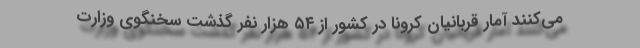
می‌کنند آمار قربانیان کرونا در کشور از ۵۴ هزار نفر گذشت سخنگوی وزارت